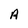
Character: A